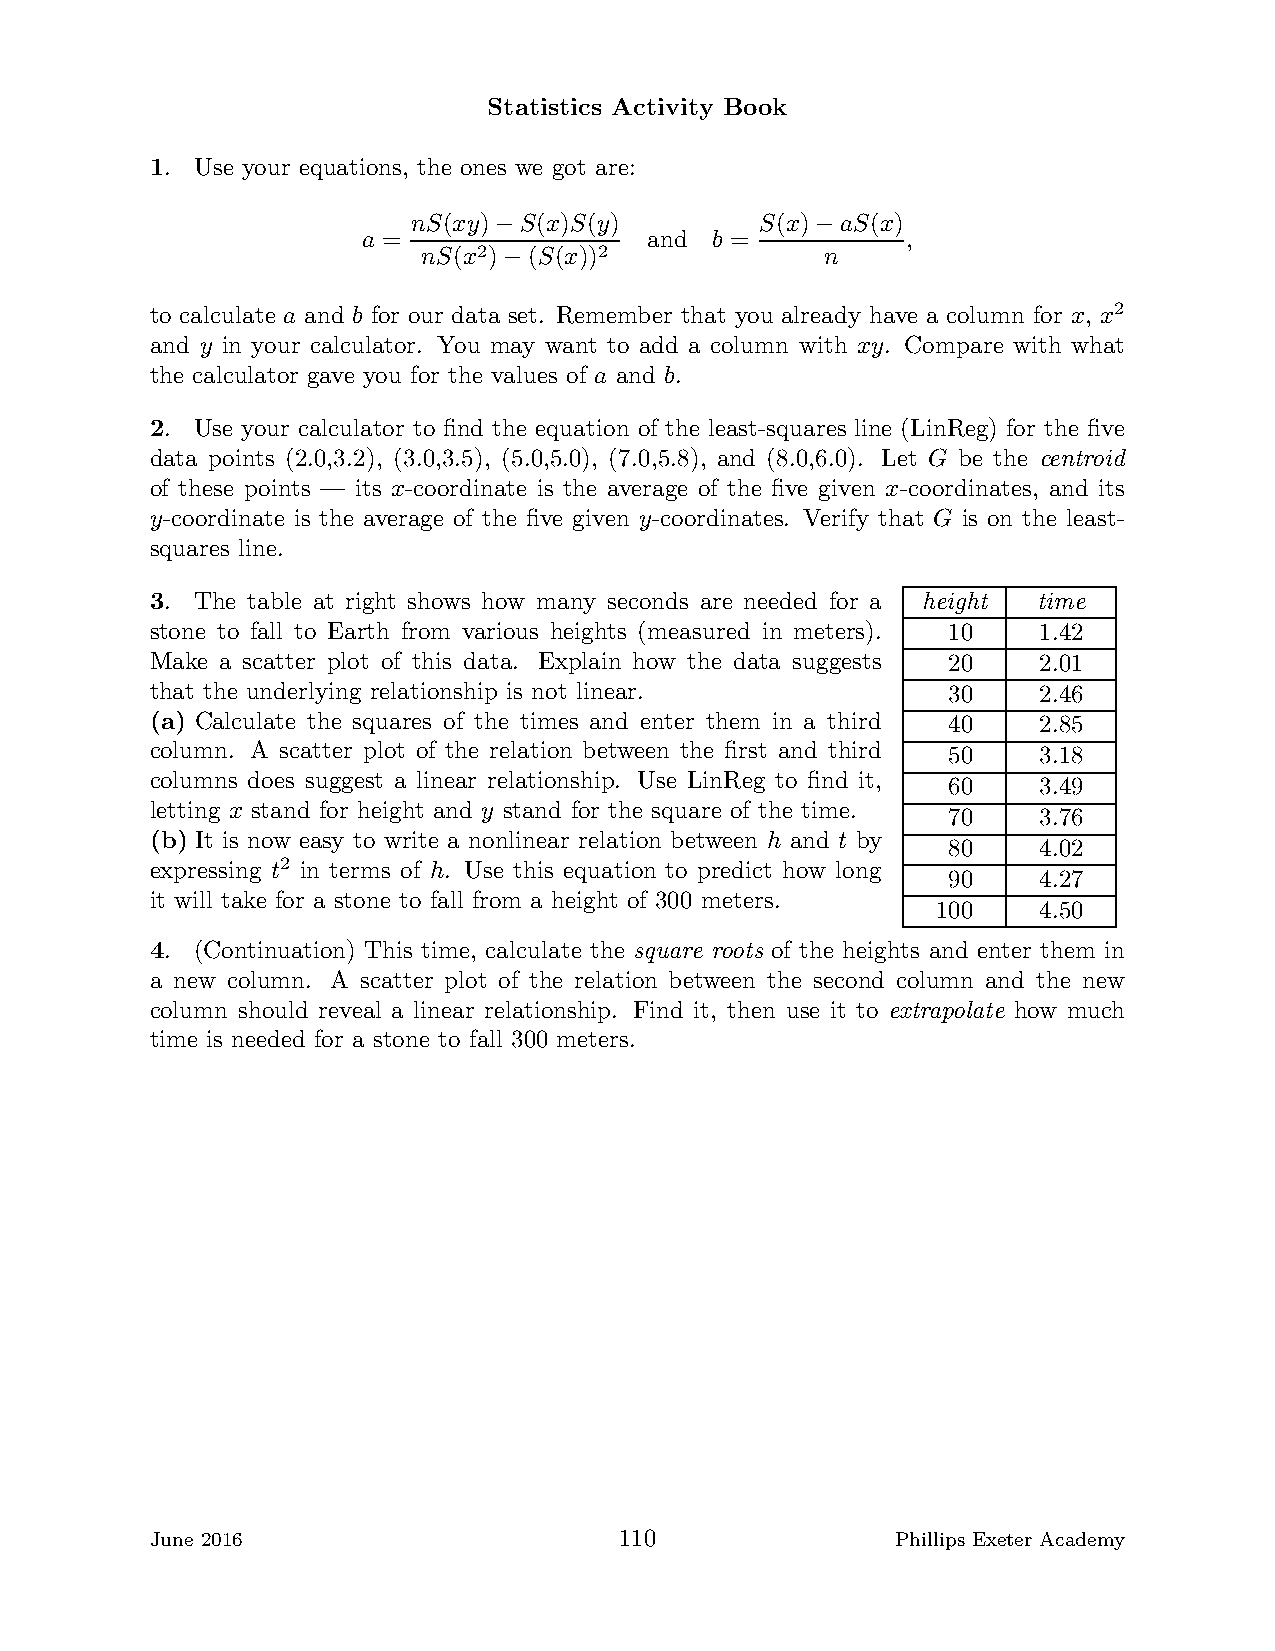
Statistics Activity Book
 1. Use your equations, the ones we got are:
 nS(xy) S(x)S(y)        S(x)  aS(x)
 a =      −         and b =    −     ,
 nS(x2) (S(x))2             n
 −
 to calculate a and b for our data set. Remember that you already have a column for x, x2
 and y in your calculator. You may want to add a column with xy. Compare with what
 the calculator gave you for the values of a and b.
 2. Use your calculator to find the equation of the least-squares line (LinReg) for the five
 data points (2.0,3.2), (3.0,3.5), (5.0,5.0), (7.0,5.8), and (8.0,6.0). Let G be the centroid
 of these points — its x-coordinate is the average of the five given x-coordinates, and its
 y-coordinate is the average of the five given y-coordinates. Verify that G is on the least-
 squares line.
 3. The table at right shows how many seconds are needed for a height time
 stone to fall to Earth from various heights (measured in meters). 10 1.42
 Make a scatter plot of this data. Explain how the data suggests 20 2.01
 that the underlying relationship is not linear.      30    2.46
 (a) Calculate the squares of the times and enter them in a third 40 2.85
 column. A scatter plot of the relation between the first and third 50 3.18
 columns does suggest a linear relationship. Use LinReg to find it, 60 3.49
 letting x stand for height and y stand for the square of the time.
 70    3.76
 (b) It is now easy to write a nonlinear relation between h and t by
 80    4.02
 expressing t2 in terms of h. Use this equation to predict how long
 90    4.27
 it will take for a stone to fall from a height of 300 meters.
 100    4.50
 4. (Continuation) This time, calculate the square roots of the heights and enter them in
 a new column. A scatter plot of the relation between the second column and the new
 column should reveal a linear relationship. Find it, then use it to extrapolate how much
 time is needed for a stone to fall 300 meters.
 June 2016                      110               Phillips Exeter Academy